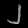
Digit: ၂